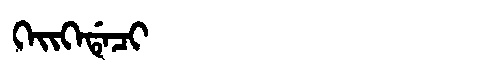
Manchu: ᡴᡝᡳᡴᡝᡩᡝᠴᡳ
Romanization: KEIKEDECI